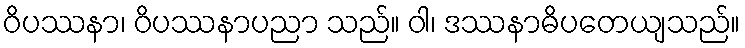
ဝိပဿနာ၊ ဝိပဿနာပညာ သည်။ ဝါ၊ ဒဿနာဓိပတေယျသည်။